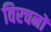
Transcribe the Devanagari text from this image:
विरचनों